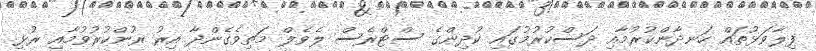
ފިލާވަޅުތައް ހަނދާންކުރުމާއި ދަސްކުރުމުގައި ކުދިންގެ ސްޓްރެސް ލެވެލް މަތިވެގެންދާ އިރު ރުންކުރުވުމާއި ރުޅި